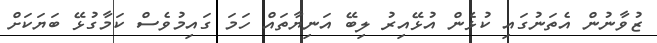
ޒުވާނުން އެތަނުގައި ކުޅެން އުޅޭއިރު ލިބޭ އަނިޔާތައް ހަމަ ގައިމުވެސް ކަމާގުޅޭ ބަޔަކަށް